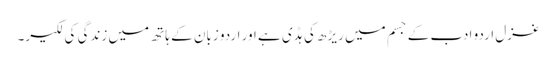
غزل اردو ادب کے جسم میں ریڑھ کی ہڈی ہے اور اردو زبان کے ہاتھ میں زندگی کی لکیر۔